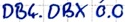
Text: DB4.DBX 0.0